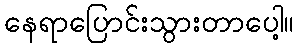
နေရာပြောင်းသွားတာပေါ့။